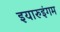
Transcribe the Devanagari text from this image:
इयारुइंगम